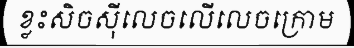
ខ្លះសិចស៊ីលេចលើលេចក្រោម